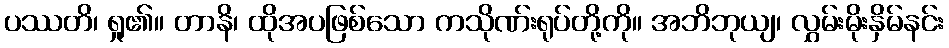
ပဿတိ၊ ရှု၏။ တာနိ၊ ထိုအပဖြစ်သော ကသိုဏ်းရုပ်တို့ကို။ အဘိဘုယျ၊ လွှမ်းမိုးနှိမ်နင်း